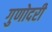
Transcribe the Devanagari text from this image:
गुणोदरी